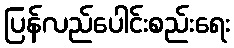
ပြန်လည်ပေါင်းစည်းရေး